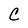
Character: C